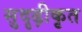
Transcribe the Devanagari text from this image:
सुदृढ़ीकृत